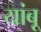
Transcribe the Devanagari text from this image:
यांबू